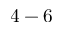
4 - 6